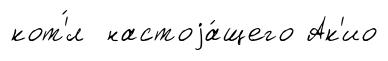
кот'́л настоjа́щего Ак'ио